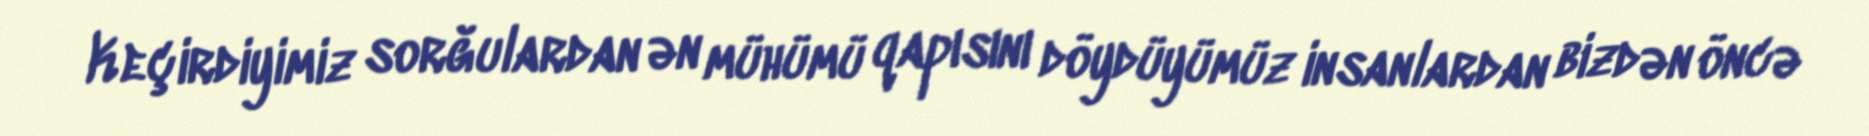
Keçirdiyimiz sorğulardan ən mühümü qapısını döydüyümüz insanlardan bizdən öncə